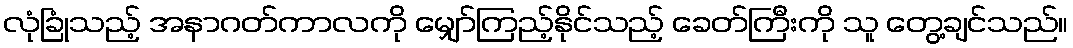
လုံခြုံသည့် အနာဂတ်ကာလကို မျှော်ကြည့်နိုင်သည့် ခေတ်ကြီးကို သူ တွေ့ချင်သည်။